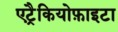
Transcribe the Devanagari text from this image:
एट्रैकियोफ़ाइटा